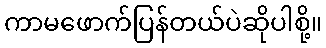
ကာမဖောက်ပြန်တယ်ပဲဆိုပါစို့။